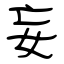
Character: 妄